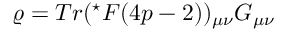
\varrho = T r ( ^ { \star } F ( 4 p - 2 ) ) _ { \mu \nu } G _ { \mu \nu }